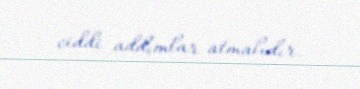
ciddi addımlar atmalıdır.